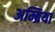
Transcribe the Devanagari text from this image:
अम्ब्रिया